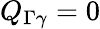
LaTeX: Q_{\Gamma\gamma}=0